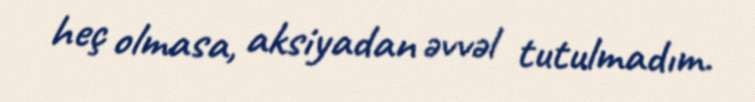
heç olmasa, aksiyadan əvvəl tutulmadım.